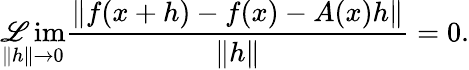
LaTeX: \operatorname*{\mathscr{L}im}_{\| h\| \to0}{\frac{{\| f(x+h)-f(x)-A(x)h\| }}{{\| h\| }}}=0.